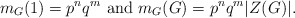
\begin{align*}m_G(1)=p^nq^m \mbox{ and } m_G(G)=p^nq^m|Z(G)|.\end{align*}